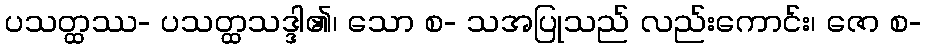
ပသတ္ထဿ- ပသတ္ထသဒ္ဒါ၏၊ သော စ- သအပြုသည် လည်းကောင်း၊ ဇော စ-